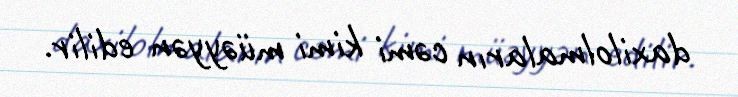
daxilolmaların cəmi kimi müəyyən edilir.